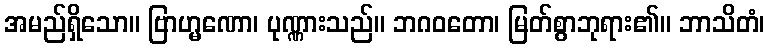
အမည်ရှိသော။ ဗြာဟ္မဏော၊ ပုဏ္ဏားသည်။ ဘဂဝတော၊ မြတ်စွာဘုရား၏။ ဘာသိတံ၊